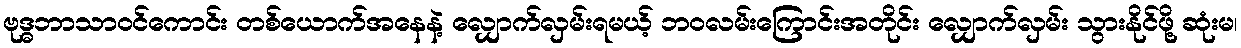
ဗုဒ္ဓဘာသာဝင်ကောင်း တစ်ယောက်အနေနဲ့ လျှောက်လှမ်းရမယ့် ဘဝလမ်းကြောင်းအတိုင်း လျှောက်လှမ်း သွားနိုင်ဖို့ ဆုံးမ၊